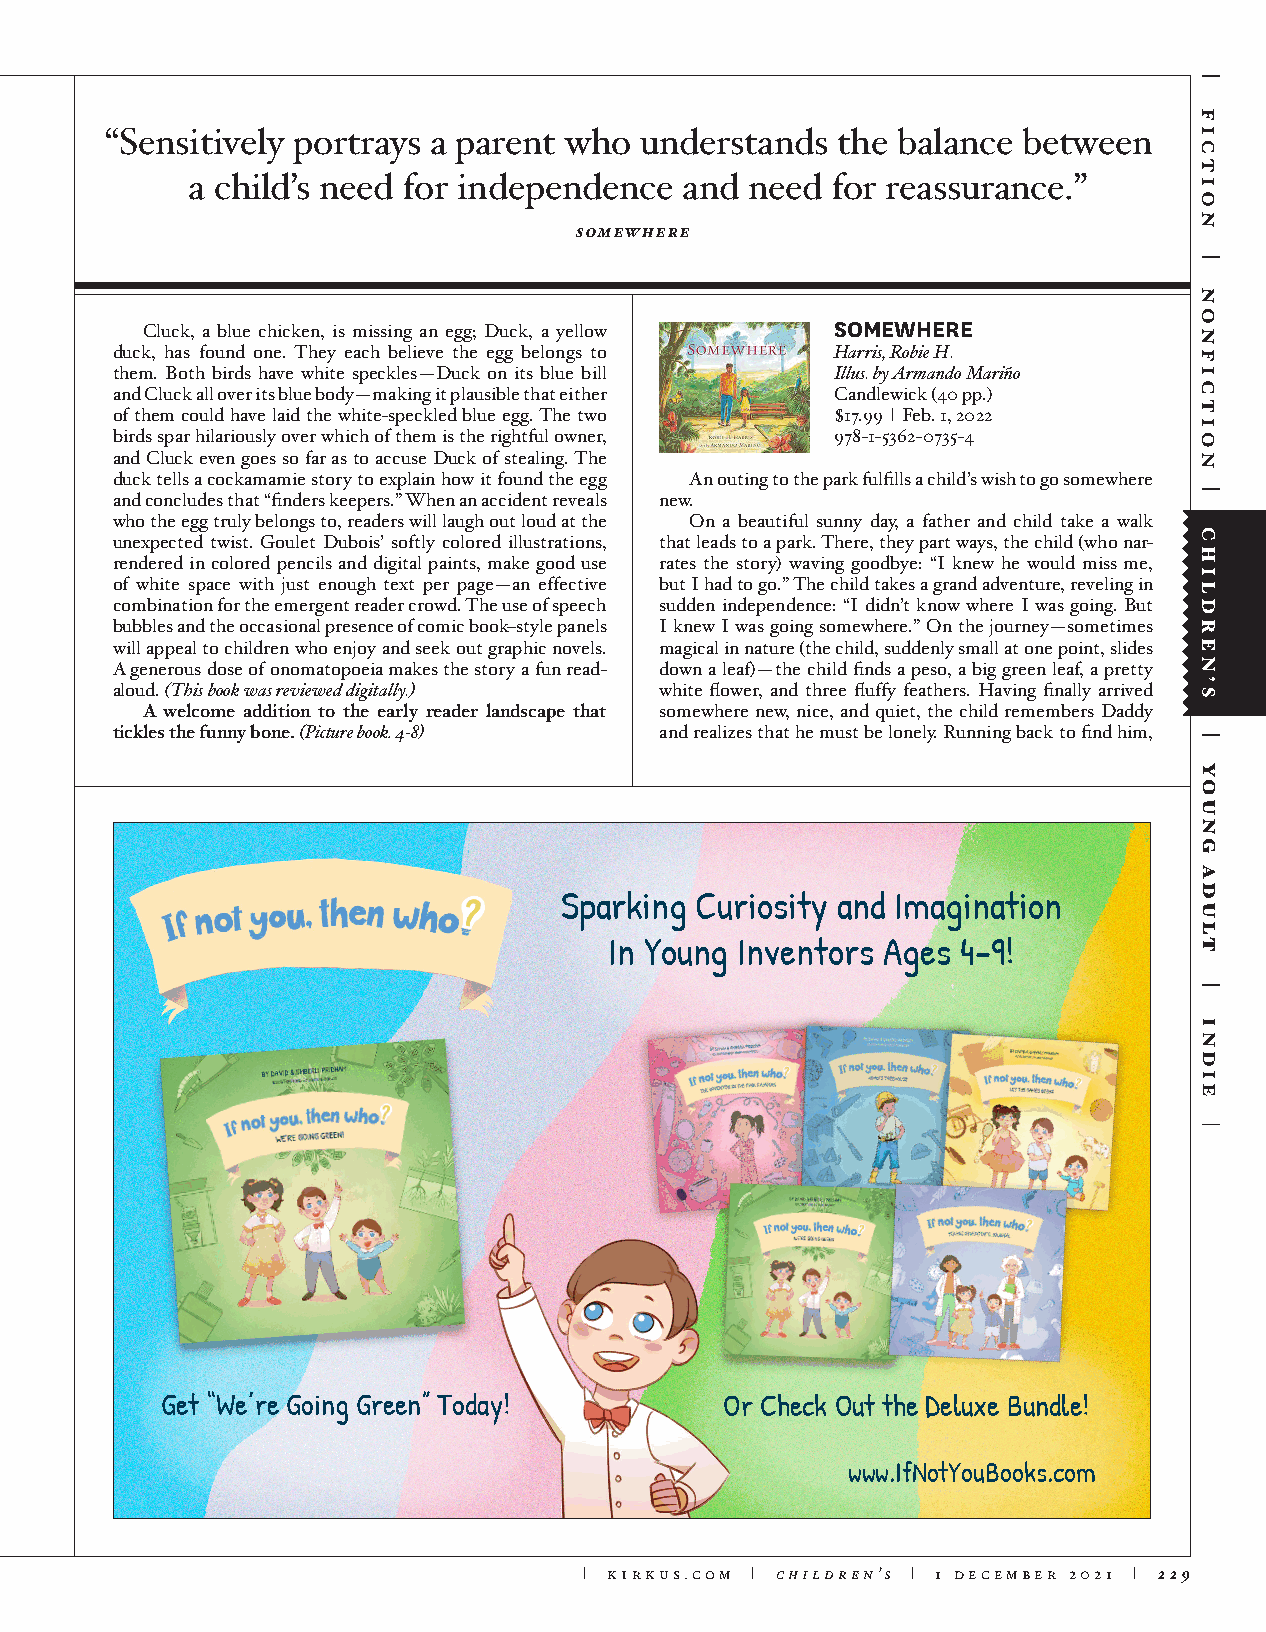
“Sensitively portrays a parent who understands  the balance  between
 a child’s need for independence  and  need for reassurance.”
 somewhere
 Cluck, a blue chicken, is missing an egg; Duck, a yellow SOMEWHERE
 duck, has found one. They each believe the egg belongs to Harris, Robie H.
 them. Both birds have white speckles—Duck on its blue bill Illus. by Armando Mariño
 and Cluck all over its blue body—making it plausible that either Candlewick (40 pp.)
 of them could have laid the white-speckled blue egg. The two $17.99 | Feb. 1, 2022
 birds spar hilariously over which of them is the rightful owner, 978-1-5362-0735-4
 and Cluck even goes so far as to accuse Duck of stealing. The
 duck tells a cockamamie story to explain how it found the egg An outing to the park fulfills a child’s wish to go somewhere
 and concludes that “finders keepers.” When an accident reveals new.
 who the egg truly belongs to, readers will laugh out loud at the On a beautiful sunny day, a father and child take a walk
 unexpected twist. Goulet Dubois’ softly colored illustrations, that leads to a park. There, they part ways, the child (who nar-
 rendered in colored pencils and digital paints, make good use rates the story) waving goodbye: “I knew he would miss me,
 of white space with just enough text per page—an effective but I had to go.” The child takes a grand adventure, reveling in
 combination for the emergent reader crowd. The use of speech sudden independence: “I didn’t know where I was going. But
 bubbles and the occasional presence of comic book–style panels I knew I was going somewhere.” On the journey—sometimes
 will appeal to children who enjoy and seek out graphic novels. magical in nature (the child, suddenly small at one point, slides
 A generous dose of onomatopoeia makes the story a fun read- down a leaf)—the child finds a peso, a big green leaf, a pretty
 aloud. (This book was reviewed digitally.) white flower, and three fluffy feathers. Having finally arrived
 A welcome addition to the early reader landscape that somewhere new, nice, and quiet, the child remembers Daddy
 tickles the funny bone. (Picture book. 4-8) and realizes that he must be lonely. Running back to find him,
 Sparking Curiosity and Imagination
 In Young Inventors Ages 4-9!
 Get “We’re Going Green” Today!       Or Check Out the Deluxe Bundle!
 www.IfNotYouBooks.com
 | kirkus.com | children’s | 1 december 2021 | 229
 young
 adult